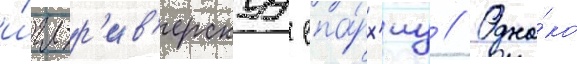
и́гл-р'ив'ерскуу епа́рх'иу // Одна́ко